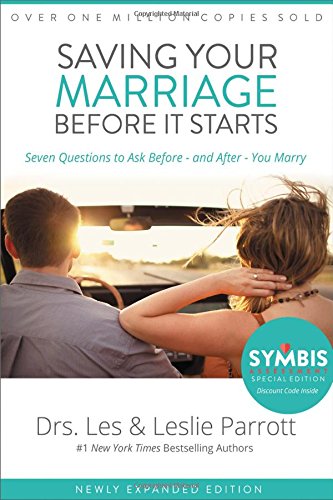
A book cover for Saving Your Marriage Before It Starts: Seven Questions to Ask Before -- and After -- You Marry; Les and Leslie Parrott; Christian Books & Bibles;